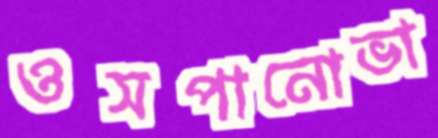
ওসপানোভা